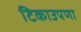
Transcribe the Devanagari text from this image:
टिकाउपणा